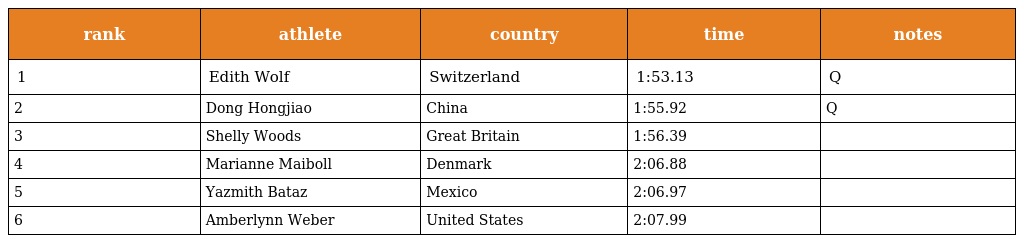
| rank | athlete | country | time | notes |
 | --- | --- | --- | --- | --- |
 | 1 | Edith Wolf | Switzerland | 1:53.13 | Q |
 | 2 | Dong Hongjiao | China | 1:55.92 | Q |
 | 3 | Shelly Woods | Great Britain | 1:56.39 |  |
 | 4 | Marianne Maiboll | Denmark | 2:06.88 |  |
 | 5 | Yazmith Bataz | Mexico | 2:06.97 |  |
 | 6 | Amberlynn Weber | United States | 2:07.99 |  |